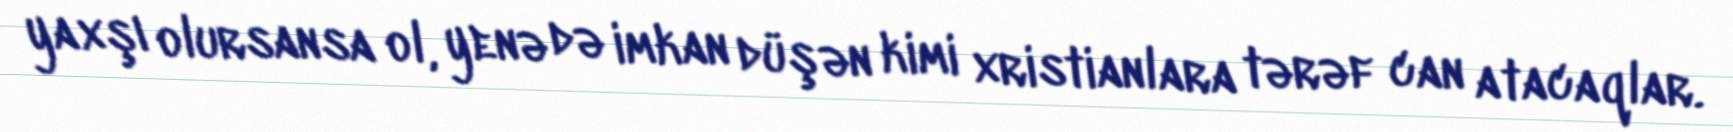
yaxşı olursansa ol, yenə də imkan düşən kimi xristianlara tərəf can atacaqlar.